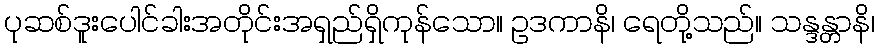
ပုဆစ်ဒူးပေါင်ခါးအတိုင်းအရှည်ရှိကုန်သော။ ဥဒကာနိ၊ ရေတို့သည်။ သန္ဒန္တာနိ၊